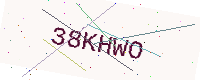
Text: 38KHWO